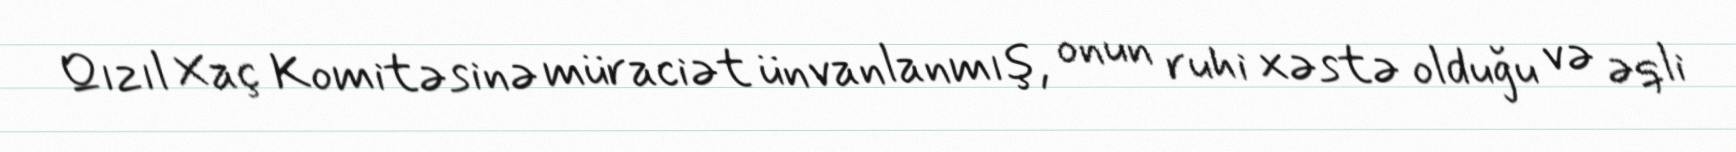
Qızıl Xaç Komitəsinə müraciət ünvanlanmış, onun ruhi xəstə olduğu və əqli